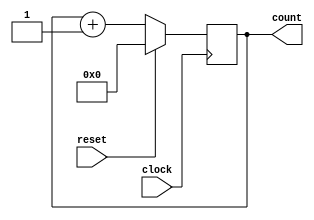
module PC(count, clock, reset);
  input		clock, reset;
  output	[31:0]	count;
  reg	[31:0]	count;
  always @(posedge clock)
    if(!reset)
      count = count + 1;
    else
      count = 0;
endmodule

module TBPC;
  reg clock, reset;
  wire [31:0] count;
  PC pc(count, clock, reset);
  initial begin
    repeat(1000)
    # 5 clock = ~clock;
  end
  initial begin
    $monitor($time, " Reset = %b, Count= %b.", reset, count);
    #0  clock = 1'b0; reset = 1'b1;
    #11  reset = 1'b0;
  end
endmodule